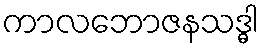
ကာလဘောဇနသဒ္ဓါ